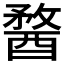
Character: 𨡭